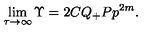
\lim _ { \tau \rightarrow \infty } \Upsilon = 2 C Q _ { + } P { p } ^ { 2 m } .